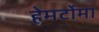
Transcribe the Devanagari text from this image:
हेमर्टोमा